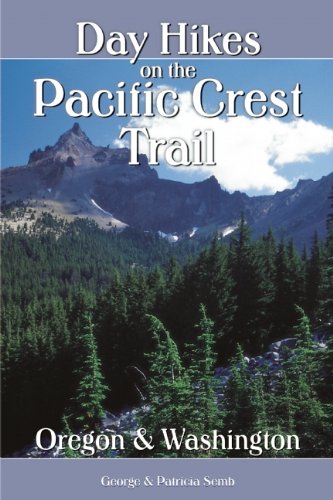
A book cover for Day Hikes on the Pacific Crest Trail: Oregon and Washington; George Semb; Travel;